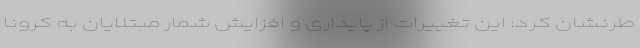
طرنشان کرد: این تغییرات از پایداری و افزایش شمار مبتلایان به کرونا